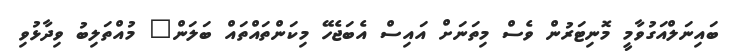
ބައިނަލްއަގުވާމީ މޮނިޓަރުން ވެސް މިތަނަށް އައިސް އެބަޖެހޭ މިކަންތައްތައް ބަލަން" މުއްތަލިބު ވިދާޅުވި